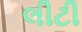
લીટી